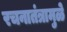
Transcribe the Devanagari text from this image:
रचनातंत्रामुळे